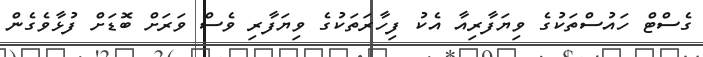
ގެސްޓް ހައުސްތަކުގެ ވިޔަފާރިއާ އެކު ފިހާރަތަކުގެ ވިޔަފާރި ވެސް ވަރަށް ބޮޑަށް ފުޅާވެގެން